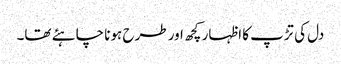
دل کی تڑپ کا اظہار کچھ اور طرح ہونا چاہئے تھا۔